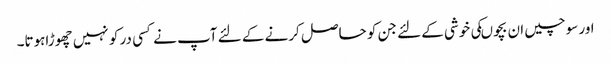
اور سوچیں ان بچوںکی خوشی کے لئے جن کو حاصل کرنے کے لئے آپ نے کسی در کو نہیں چھوڑاہوتا۔